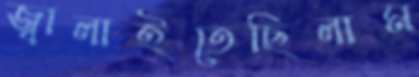
জ্বালাইতেছিলাম